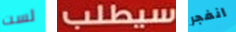
لست سيطلب انفجر